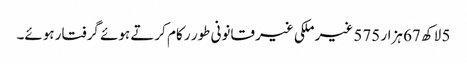
5 لاکھ 67 ہزار 575 غیر ملکی غیر قانونی طور ر کام کرتے ہوئے گرفتار ہوئے۔